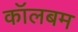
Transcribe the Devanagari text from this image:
कॉलबम